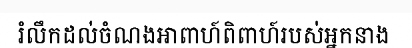
រំលឹកដល់ចំណងអាពាហ៍ពិពាហ៍របស់អ្នកនាង